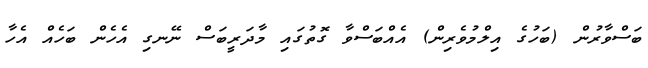
ބަސްވާރުން (ބަހުގެ އިލްމުވެރިން) އެއްބަސްވާ ގޮތުގައި މާދަރީބަސް ނޭނގި އެހެން ބަހެއް އެހާ